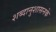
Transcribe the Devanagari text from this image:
शब्दानुशासनके